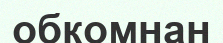
обкомнан